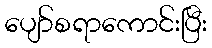
ပျော်စရာကောင်းပြီး